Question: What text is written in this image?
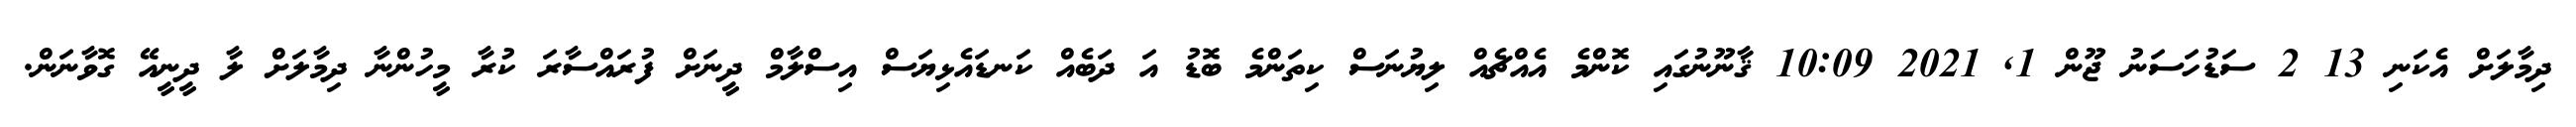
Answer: ދިމާލަށް އެކަނި 13 2 ސަޑުހަސަނު ޖޫން 1, 2021 10:09 ޤާނޫނުގައި ކޮންމެ އެއްޗެއް ލިޔުނަސް ކިތަންމެ ބޮޑު އަ ދަބެއް ކަނޑައެޅިޔަސް އިސްލާމް ދީނަށް ފުރައްސާރަ ކުރާ މީހުންނާ ދިމާލަށް ލާ ދީނީއޭ ގޮވާނަން.